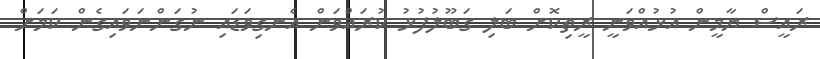
ރައީސް ޔާމީން އުޅުއްވަނީ ރީތިކޮށް ބަލި ގަބޫލުފުޅު ކުރައްވަން އެނގިވަޑައި ނުގަންނަވައިގެން ކަމަށް